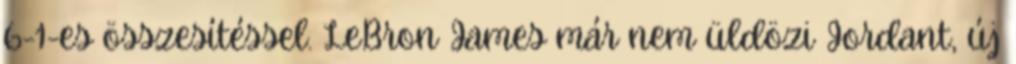
6-1-es összesítéssel. LeBron James már nem üldözi Jordant, új